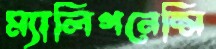
ম্যালিগনেন্সি